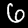
Digit: 6